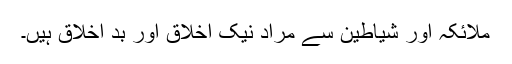
ملائکہ اور شیاطین سے مراد نیک اخلاق اور بد اخلاق ہیں۔